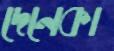
দেনেকা